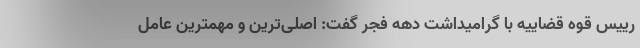
رییس قوه قضاییه با گرامیداشت دهه فجر گفت: اصلی‌ترین و مهمترین عامل